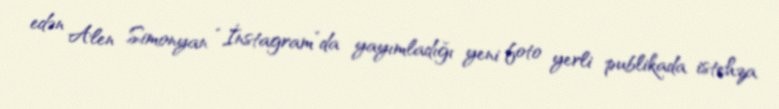
edən Alen Simonyan “İnstagram”da yayımladığı yeni foto yerli publikada istehza